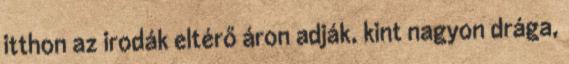
itthon az irodák eltérő áron adják, kint nagyon drága,